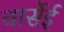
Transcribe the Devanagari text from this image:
वार्सेई